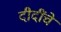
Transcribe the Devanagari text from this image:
दीदींचे